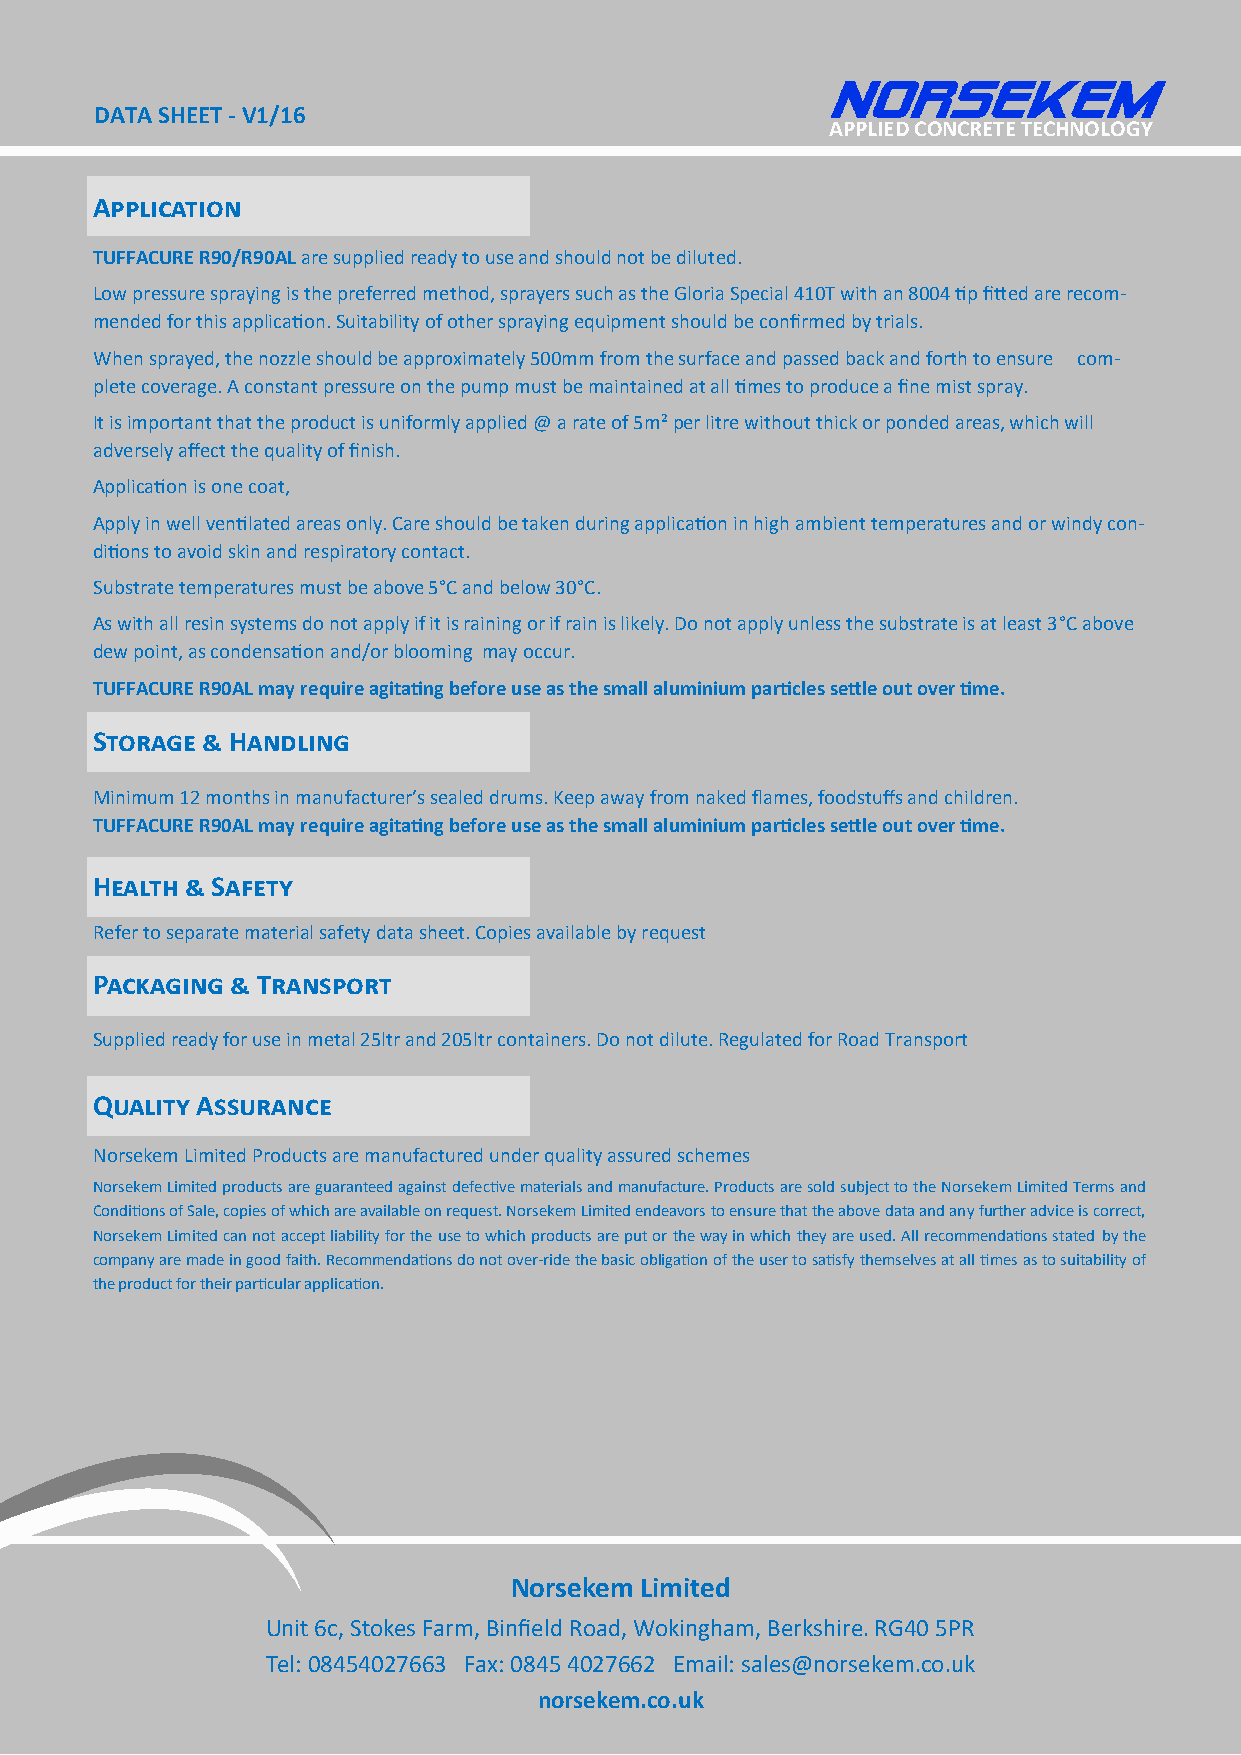
DATA SHEET - V1/16
 APPLIED CONCRETE TECHNOLOGY
 Application
 TUFFACURE R90/R90AL are supplied ready to use and should not be diluted.
 Low pressure spraying is the preferred method, sprayers such as the Gloria Special 410T with an 8004 tip fitted are recom-
 mended for this application. Suitability of other spraying equipment should be confirmed by trials.
 When sprayed, the nozzle should be approximately 500mm from the surface and passed back and forth to ensure com-
 plete coverage. A constant pressure on the pump must be maintained at all times to produce a fine mist spray.
 It is important that the product is uniformly applied @ a rate of 5m² per litre without thick or ponded areas, which will
 adversely affect the quality of finish.
 Application is one coat,
 Apply in well ventilated areas only. Care should be taken during application in high ambient temperatures and or windy con-
 ditions to avoid skin and respiratory contact.
 Substrate temperatures must be above 5°C and below 30°C.
 As with all resin systems do not apply if it is raining or if rain is likely. Do not apply unless the substrate is at least 3°C above
 dew point, as condensation and/or blooming may occur.
 TUFFACURE R90AL may require agitating before use as the small aluminium particles settle out over time.
 Storage & Handling
 Minimum 12 months in manufacturer’s sealed drums. Keep away from naked flames, foodstuffs and children.
 TUFFACURE R90AL may require agitating before use as the small aluminium particles settle out over time.
 Health & Safety
 Refer to separate material safety data sheet. Copies available by request
 Packaging & Transport
 Supplied ready for use in metal 25ltr and 205ltr containers. Do not dilute. Regulated for Road Transport
 Quality Assurance
 Norsekem Limited Products are manufactured under quality assured schemes
 Norsekem Limited products are guaranteed against defective materials and manufacture. Products are sold subject to the Norsekem Limited Terms and
 Conditions of Sale, copies of which are available on request. Norsekem Limited endeavors to ensure that the above data and any further advice is correct,
 Norsekem Limited can not accept liability for the use to which products are put or the way in which they are used. All recommendations stated by the
 company are made in good faith. Recommendations do not over-ride the basic obligation of the user to satisfy themselves at all times as to suitability of
 the product for their particular application.
 Norsekem Limited
 Unit 6c, Stokes Farm, Binfield Road, Wokingham, Berkshire. RG40 5PR
 Tel: 08454027663 Fax: 0845 4027662 Email: sales@norsekem.co.uk
 norsekem.co.uk